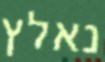
נאלץ